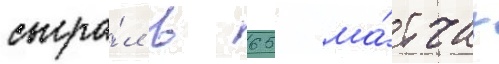
сыгра́л в 65 ма́тчах